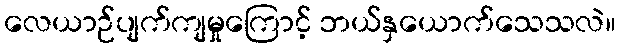
လေယာဉ်ပျက်ကျမှုကြောင့် ဘယ်နှယောက်သေသလဲ။